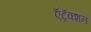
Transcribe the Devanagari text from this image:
ऍट्रॅक्शन